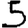
Digit: 5